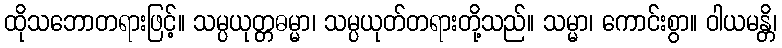
ထိုသဘောတရားဖြင့်။ သမ္ပယုတ္တဓမ္မာ၊ သမ္ပယုတ်တရားတို့သည်။ သမ္မာ၊ ကောင်းစွာ။ ဝါယမန္တိ၊